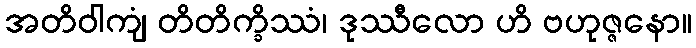
အတိဝါကျံ တိတိက္ခိဿံ၊ ဒုဿီလော ဟိ ဗဟုဇ္ဇနော။